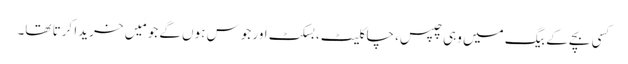
کسی بچے کے بیگ میں وہی چپس، چاکلیٹ، بسکٹ اور جوس ہوں گے جو مَیں خریدا کرتا تھا۔